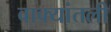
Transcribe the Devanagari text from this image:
वाक्यांतली